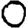
Digit: 0